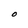
Character: O